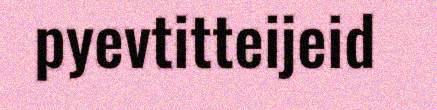
pyevtitteijeid